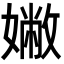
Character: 𡡹